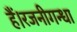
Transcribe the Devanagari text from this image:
हैं।रजनीगन्धा